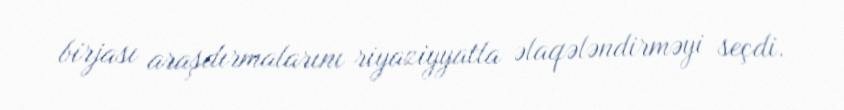
birjası araşdırmalarını riyaziyyatla əlaqələndirməyi seçdi.